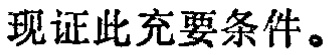
现证此充要条件。